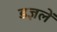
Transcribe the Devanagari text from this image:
डज्ञलें